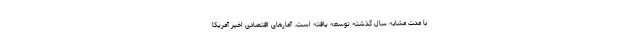
با مدت مشابه سال گذشته توسعه یافته است. آمارهای اقتصادی اخیر آمریکا